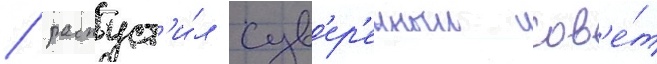
/ распуст'и́л сув'ер'енныи сов'е́т